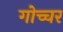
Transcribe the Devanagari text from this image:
गोच्चर